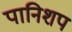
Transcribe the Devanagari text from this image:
पानिशप